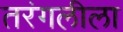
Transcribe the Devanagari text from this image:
तरंगलीला